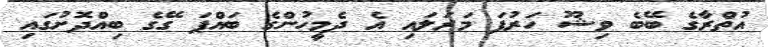
އުތްރާގެ ބޭބެ ވިޝޫ ހަރުފަ މަރަލައި އެ ދެމީހުންގެ ބައްޕަ ގޭގެ ބިއްދޮށުގައި